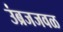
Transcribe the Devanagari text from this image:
उंब्रजजवळ